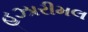
હઝારીમલ